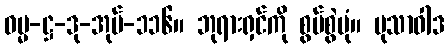
ဓမ္မ-ဋ္ဌ-ဒု-အုပ်-၁၁၆။ ဘုရားရှင်ကို စွပ်စွဲပုံ။ မုသာဝါဒ